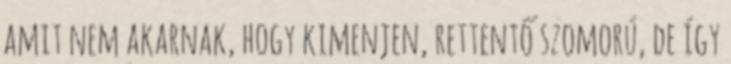
amit nem akarnak, hogy kimenjen, rettentő szomorú, de így